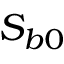
S _ { b 0 }